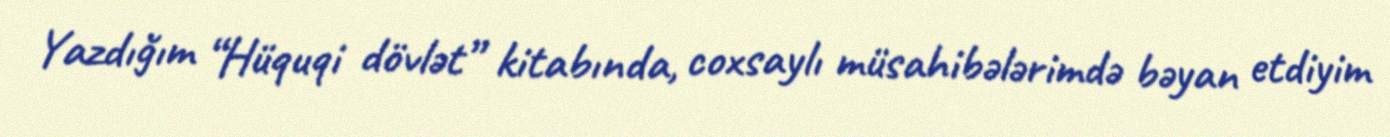
Yazdığım “Hüquqi dövlət” kitabında, coxsaylı müsahibələrimdə bəyan etdiyim